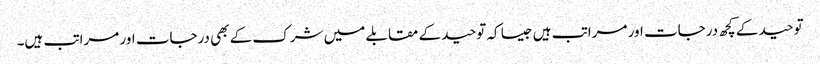
توحید کے کچھ درجات اور مراتب ہیں جیسا کہ توحید کے مقابلے میں شرک کے بھی درجات اور مراتب ہیں۔